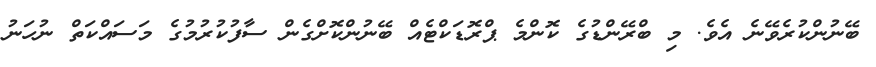
ބޭނުންކުރެވޭނެ އެވެ. މި ބްރޭންޑުގެ ކޮންމެ ޕްރޮޑަކްޓެއް ބޭނުންކޮށްގެން ސާފުކުރުމުގެ މަސައްކަތް ނުހަނު